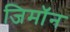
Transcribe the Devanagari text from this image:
जिमाॅन